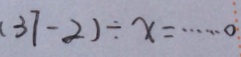
( 3 7 - 2 ) \div x = \cdots 2